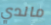
مالدي